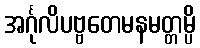
အင်္ဂုလိပဗ္ဗတေမနမတ္တမ္ပိ